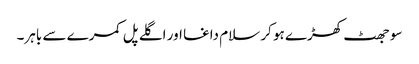
سو جھٹ کھڑے ہو کر سلام داغا اور اگلے پل کمرے سے باہر۔